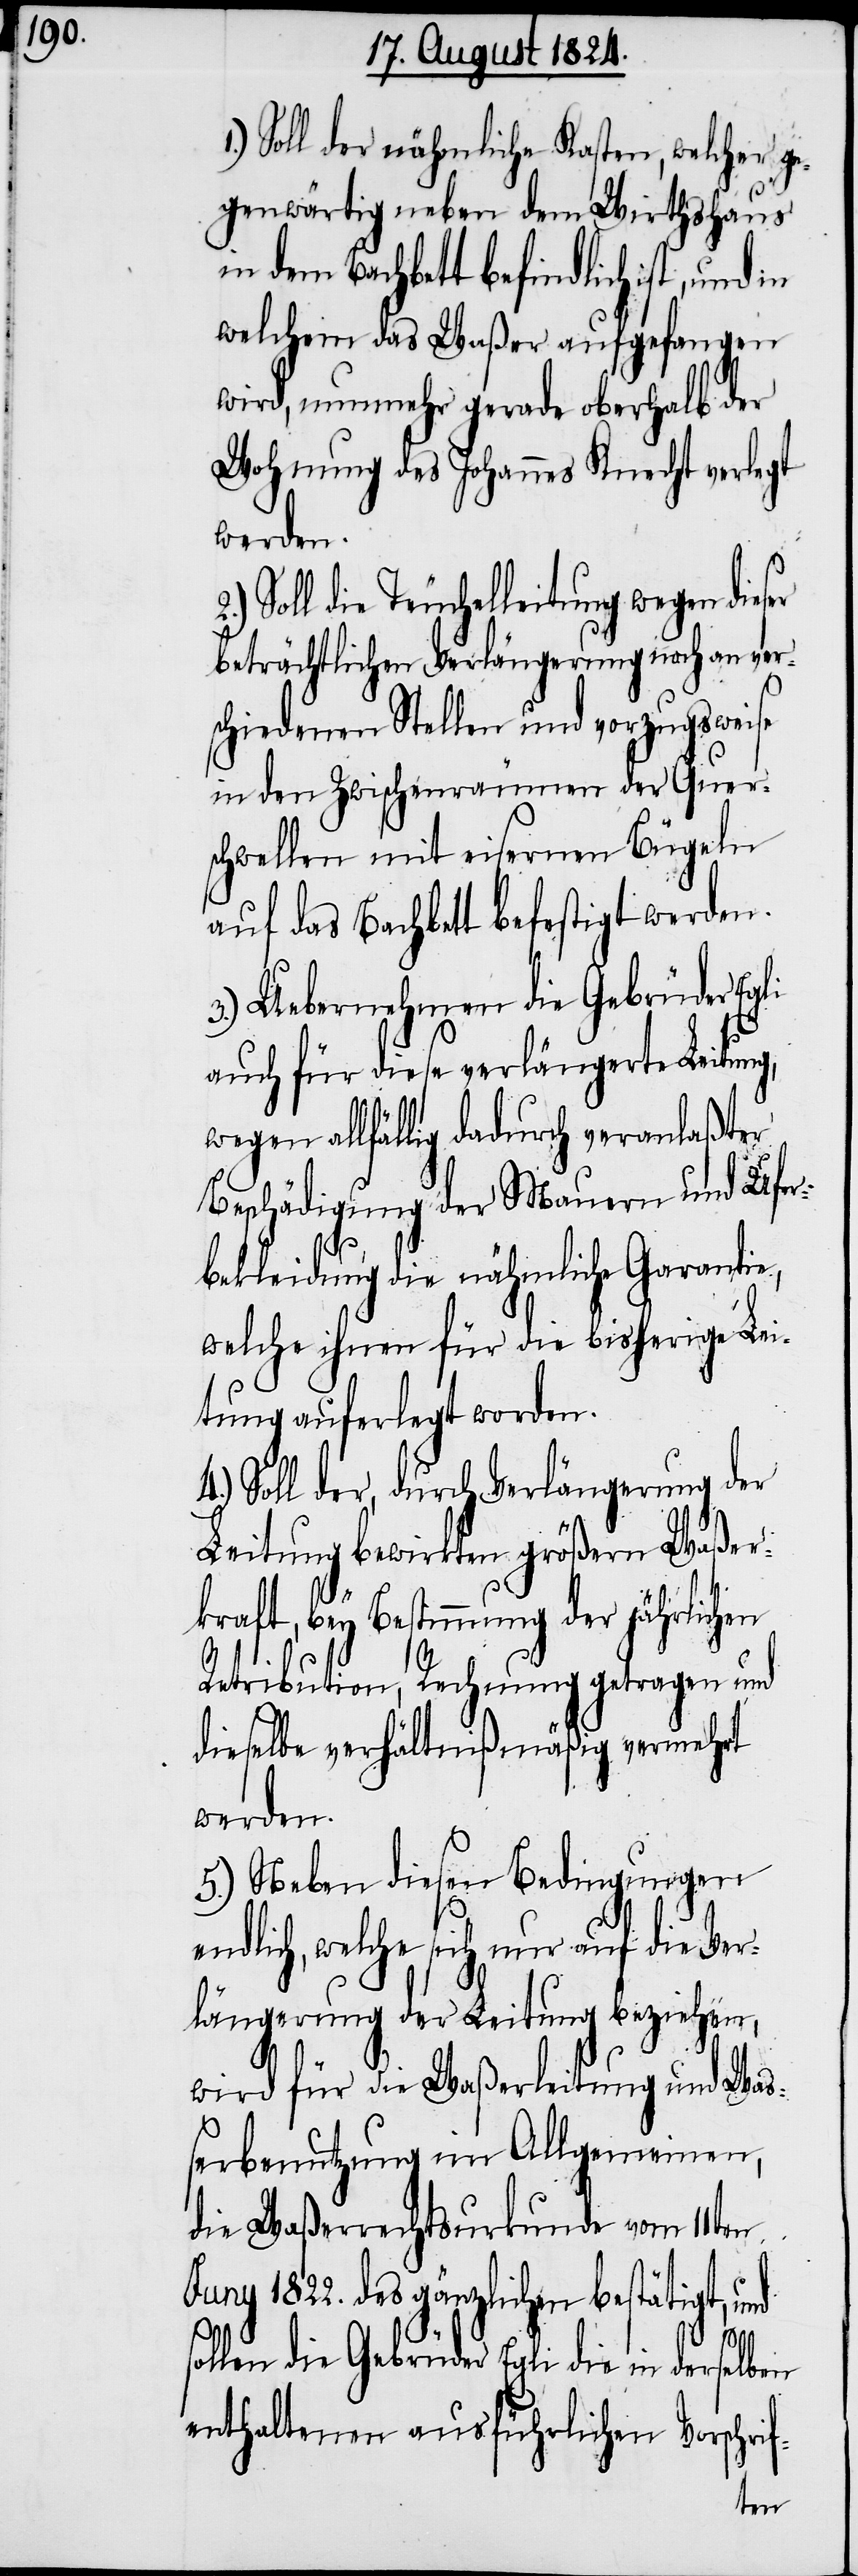
Soll der nähmliche Kasten, welcher ge¬
genwärtig neben dem Wirthshaus
in dem Bachbett befindlich ist, und
welchem das Waßer aufgefangen
wird, nunmehr gerade oberhalb der
Wohnung des Johannes Knecht verlegt
werden.
Soll die Teuchelleitung wegen dieser
beträchtlichen Verlängerung noch an vers¬
chiedenen Stellen und vorzugsweise
in den Zwischenräumen der Quer¬
schwellen mit eisernen Brügeln
auf das Bachbett befestigt werden.
3.) Uebernehmen die Gebrüder Egli
auch für diese verlängerte Leitung,
wegen allfällig dadurch veranlaßter
Beschädigung der Mauern und Ufer¬
bekleidung die nähmliche Garantie,
welche ihnen für die bisherige Lei¬
tung auferlegt worden.
4.) Soll der durch Verlängerung der
Leitung bewirkten größern Waßer¬
kraft, bey Bestimmung der jährlichen
Retribution, Rechnung getragen und
dieselbe verhältnißmäßig vermehrt
werden.
5.) Neben diesen Bedingungen
endlich, welche sich nur auf die Ver¬
längerung der Leitung beziehen,
wird für die Waßerleitung und Waß¬
erbenutzung im Allgemeinen,
die Waßerrechtsurkunde vom 11ten
1822. des gänzlichen bestätigt,
1.)
sollen die Gebrüder Egli die in derselben
enthaltenen ausführlichen Vorschrif-